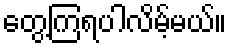
တွေ့ကြရပါလိမ့်မယ်။